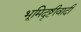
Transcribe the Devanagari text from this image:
भूमिदृष्टीवादी